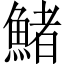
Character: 鯺